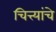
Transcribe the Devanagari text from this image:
चित्त्यांचे